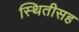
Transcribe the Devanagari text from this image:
स्थितीसह